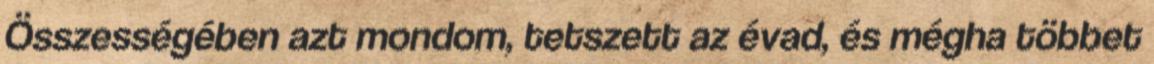
Összességében azt mondom, tetszett az évad, és mégha többet